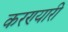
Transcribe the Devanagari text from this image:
करण्यारी